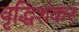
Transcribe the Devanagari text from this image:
वृद्धिशंकर